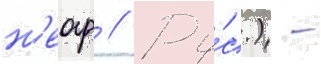
н'еоф // Ру́с.) -